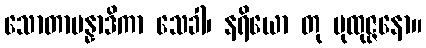
သောတာပန္နာဒိကာ သေခါ၊ နရိယော တု ပုထုဇ္ဇနော။